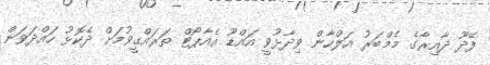
ފޭދޫ ދާއިރާގެ މެމްބަރު އަލްހާން ވިދާޅުވީ އައްޑޫ އެއާޕޯޓް ތަރައްގީވުމަށް ދެކޮޅު ހައްދަވަން